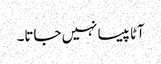
آٹا پیسا نہیں جاتا۔